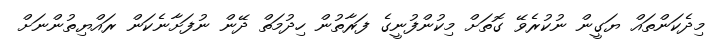
މިދެކަންތައް ޔަގީން ނުކުރެވޭ ގޮތަށް މިކުންފުނީގެ ފަރާތުން ހިދުމަތް ދޭން ނުފަށާނެކަން ރައްޔިތުންނަށް